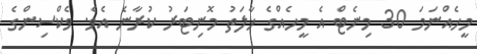
މީހެއްނަމަ 30 މިނެޓް އެ މީހެއްގެ ހާލަތު މޮނިޓަރު ކުރާނެ އެވެ. ވެކްސިންގެ